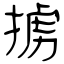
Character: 掳